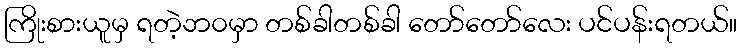
ကြိုးစားယူမှ ရတဲ့ဘ၀မှာ တစ်ခါတစ်ခါ တော်တော်လေး ပင်ပန်းရတယ်။